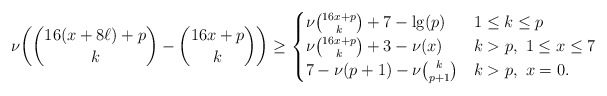
\begin{align*}\nu\biggl(\binom{16(x+8\ell)+p}k-\binom{16x+p}k\biggr)\ge\begin{cases}\nu\binom{16x+p}k+7-\lg(p)&1\le k\le p\\\nu\binom{16x+p}k+3-\nu(x)&k>p,\ 1\le x\le7\\7-\nu(p+1)-\nu\binom k{p+1}&k>p,\ x=0.\end{cases}\end{align*}